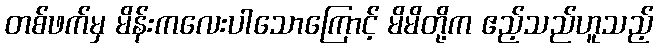
တစ်ဖက်မှ မိန်းကလေးပါသောကြောင့် မိမိတို့က ဧည့်သည်ဟူသည့်